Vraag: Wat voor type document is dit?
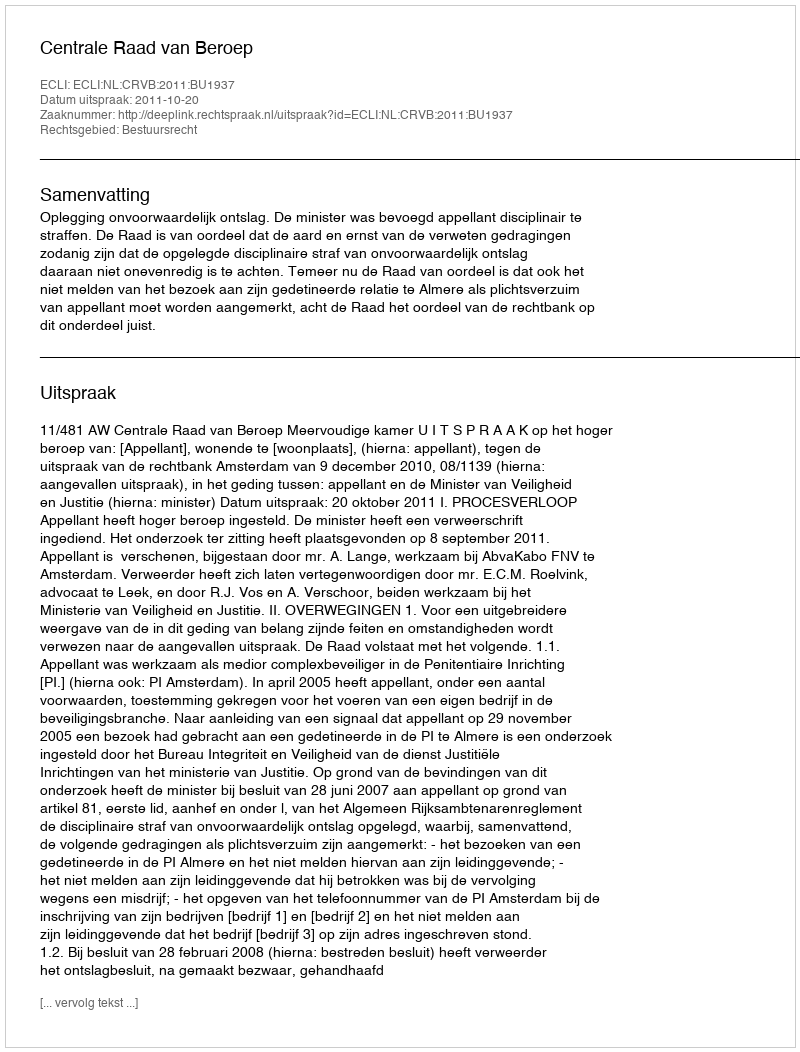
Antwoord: Uitspraak